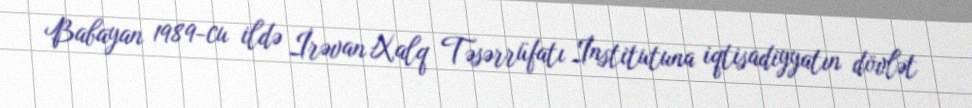
Babayan 1989-cu ildə İrəvan Xalq Təsərrüfatı İnstitutuna iqtisadiyyatın dövlət